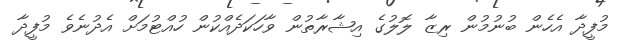
މުފީދާ އެހެން ބުނުމުން ރިޒާ ލޮލުގެ އިޝާރާތުން ވާހަކަދެއްކުން ހުއްޓުމަށް އެދުނެވެ މުފީދާ